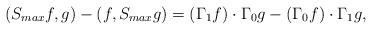
LaTeX: \begin{align*}(S_{max}f,g)-(f, S_{max}g)=(\Gamma_1f)\cdot\Gamma_0g-(\Gamma_0f)\cdot\Gamma_1g,\end{align*}